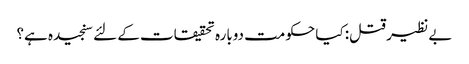
بے نظیر قتل: کیا حکومت دوبارہ تحقیقات کے لئے سنجیدہ ہے؟